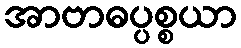
အာဗာဓပ္ပစ္စယာ